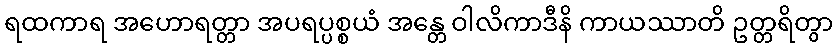
ရထကာရ အဟောရတ္တာ အပရပ္ပစ္စယံ အန္တေ ဝါလိကာဒီနိ ကာယဿာတိ ဥတ္တရိတွာ